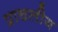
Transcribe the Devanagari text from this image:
प्राचलीय